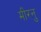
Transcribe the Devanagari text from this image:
मीरनु